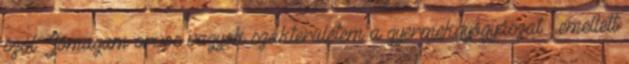
szól. Jómagam orvos vagyok szakterületem a gyermekgyógyászat , emellett